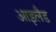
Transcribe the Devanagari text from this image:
आइलैड